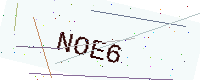
Text: NOE6